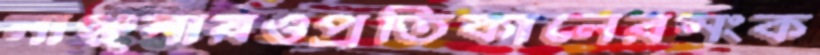
লাঞ্ছনারওপ্রতিকালেরসংক